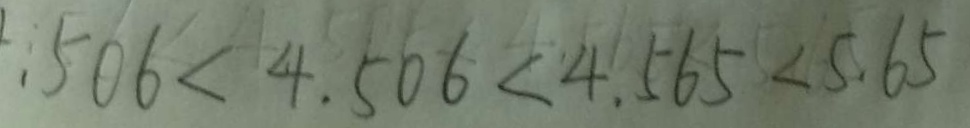
\because . 5 0 6 < 4 . 5 0 6 < 4 . 5 6 5 < 5 . 6 5